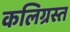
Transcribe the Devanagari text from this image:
कलिग्रस्त